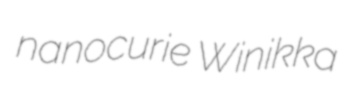
nanocurie Winikka